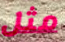
مثل